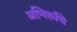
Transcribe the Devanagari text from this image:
अभिरूचि